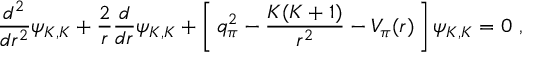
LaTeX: { \frac { d ^ { 2 } } { d r ^ { 2 } } } \psi _ { K , K } + { \frac { 2 } { r } } { \frac { d } { d r } } \psi _ { K , K } + \left[ \, q _ { \pi } ^ { 2 } - { \frac { K ( K + 1 ) } { r ^ { 2 } } } - V _ { \pi } ( r ) \, \right] \psi _ { K , K } = 0 \ ,